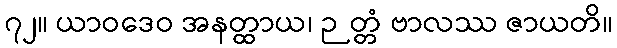
၇၂။ ယာဝဒေဝ အနတ္ထာယ၊ ဉတ္တံ ဗာလဿ ဇာယတိ။